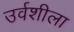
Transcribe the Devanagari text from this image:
उर्वशीला